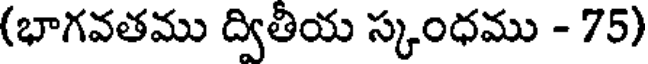
(భాగవతము ద్వితీయ స్కంధము - 75)